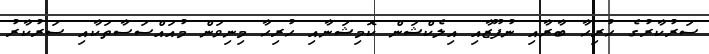
ސަރުކާރުގެ ހުރިހާ ބާރާއި ނުފޫޒާއި އިލެކްޝަން ކޮމިޝަނާއި ހުރިހާ މިނިވަން މުއައްސަސާތަކާއި ސަރުކާރު